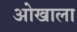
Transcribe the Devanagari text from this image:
ओखाला